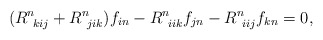
\begin{align*}(R^n_{~kij} + R^n_{~jik})f_{in} - R^n_{~iik}f_{jn} - R^n_{~iij}f_{kn} = 0, \end{align*}